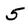
Character: 5